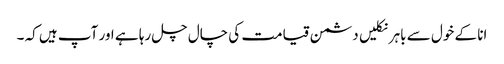
انا کے خول سے باہر نکلیں دشمن قیامت کی چال چل رہا ہے اور آپ ہیں کہ ۔